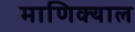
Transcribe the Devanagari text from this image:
माणिक्याल